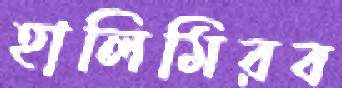
হালিমিরব